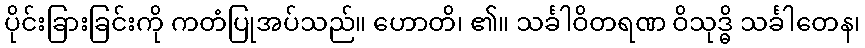
ပိုင်းခြားခြင်းကို ကတံပြုအပ်သည်။ ဟောတိ၊ ၏။ သင်္ခါဝိတရဏ ဝိသုဒ္ဓိ သင်္ခါတေန၊